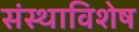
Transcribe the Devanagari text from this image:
संस्थाविशेष